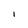
Character: 1